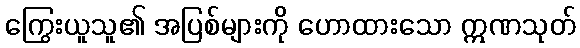
ကြွေးယူသူ၏ အပြစ်များကို ဟောထားသော ဣဏသုတ်